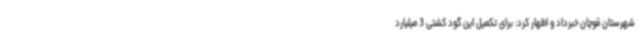
شهرستان قوچان خبرداد و اظهار کرد: برای تکمیل این گود کشتی 3 میلیارد